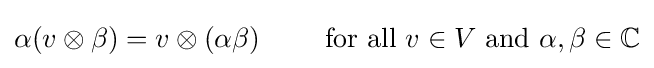
\alpha (v\otimes \beta )=v\otimes (\alpha \beta )\qquad {\mbox{ for all }}v\in V{\mbox{ and }}\alpha ,\beta \in \mathbb {C}